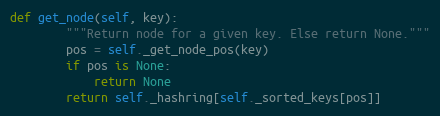
Language: Python
def get_node(self, key):
        """Return node for a given key. Else return None."""
        pos = self._get_node_pos(key)
        if pos is None:
            return None
        return self._hashring[self._sorted_keys[pos]]